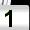
Digit: 1